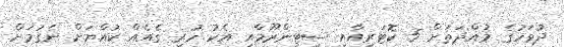
ދުވަހުގެ މުއްދަތަށް 5 ކޮޓަރިއާއި ސިޓިންރޫމާއި އެކު ހުރި ގެއެއް ކުއްޔަށް ނެގުމަށް